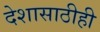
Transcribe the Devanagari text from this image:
देशासाठीही